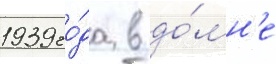
1939 го́да в до́мн'е